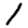
Digit: 1